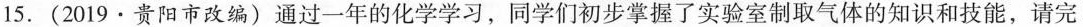
15.(2019·贵阳市改编)通过一年的化学学习，同学们初步掌握了实验室制取气体的知识和技能，请完